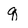
Character: q